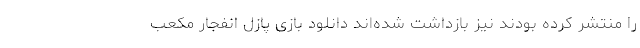
را منتشر کرده بودند نیز بازداشت شده‌اند دانلود بازی پازل انفجار مکعب